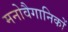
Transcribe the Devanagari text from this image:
मनोवैगानिकों